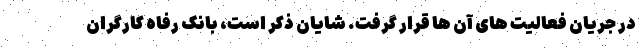
در جریان فعالیت های آن ها قرار گرفت. شایان ذکر است، بانک رفاه کارگران